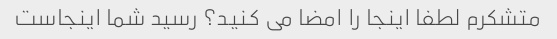
متشکرم لطفا اینجا را امضا می کنید؟ رسید شما اینجاست